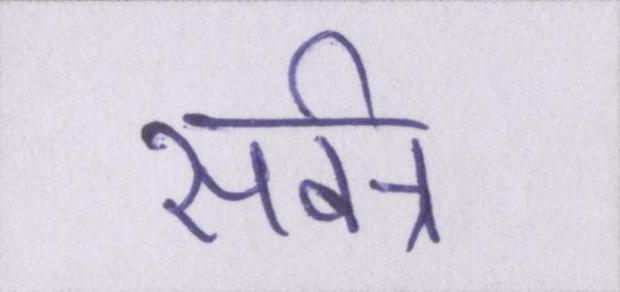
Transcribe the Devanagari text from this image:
सर्वत्र